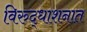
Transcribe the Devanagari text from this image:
विरुद्धाशनात